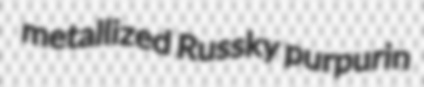
metallized Russky purpurin